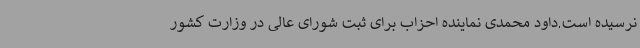
نرسیده است.داود محمدی نماینده احزاب برای ثبت شورای عالی در وزارت کشور